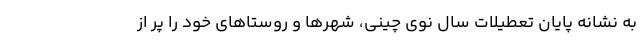
به نشانه پایان تعطیلات سال نوی چینی، شهرها و روستاهای خود را پر از